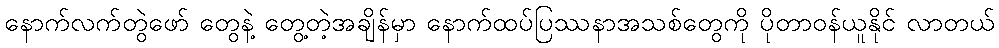
နောက်လက်တွဲဖော် တွေနဲ့ တွေ့တဲ့အချိန်မှာ နောက်ထပ်ပြဿနာအသစ်တွေကို ပိုတာဝန်ယူနိုင် လာတယ်